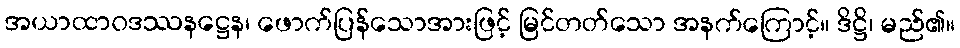
အယာထာဝဒဿနဋ္ဌေန၊ ဖောက်ပြန်သောအားဖြင့် မြင်တတ်သော အနက်ကြောင့်။ ဒိဋ္ဌိ၊ မည်၏။